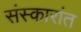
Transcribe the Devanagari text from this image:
संस्कारांत